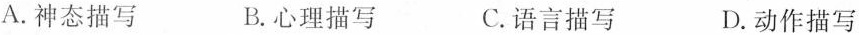
A.神态描写 B.心理描写 C.语言描写 D.动作描写